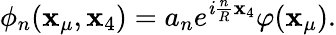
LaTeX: \phi_{n}(\mathbf{x}_{\mu},\mathbf{x}_{4})=a_{n}e^{\mathit{i}\frac{{n}}{{R}}\mathbf{x}_{4}}\varphi(\mathbf{x}_{\mu}).